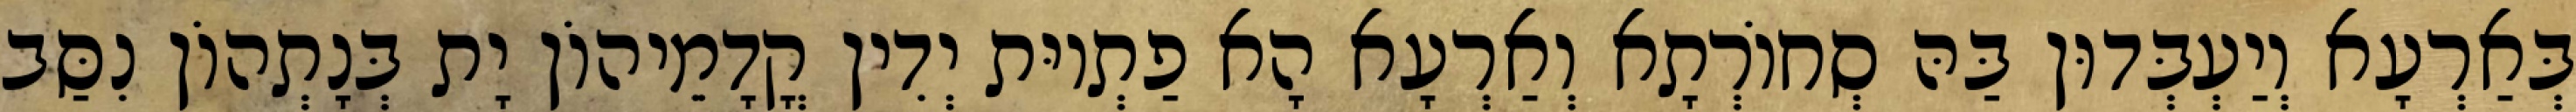
בְּאַרְעָא וְיַעְבְּדוּן בַּהּ סְחוֹרְתָא וְאַרְעָא הָא פַתְיוּת יְדִין קֳדָמֵיהוֹן יָת בְּנָתְהוֹן נִסַּב